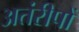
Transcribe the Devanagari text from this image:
अतंरीपों